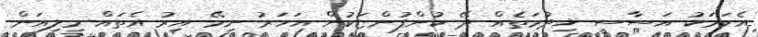
އެކަމަކު އަސާސީ ޚިދުމަތެއް ދޭ ކުންފުންޏަކުން އަހަރު ނިމޭ އިރު އެތައް މިލިއަން